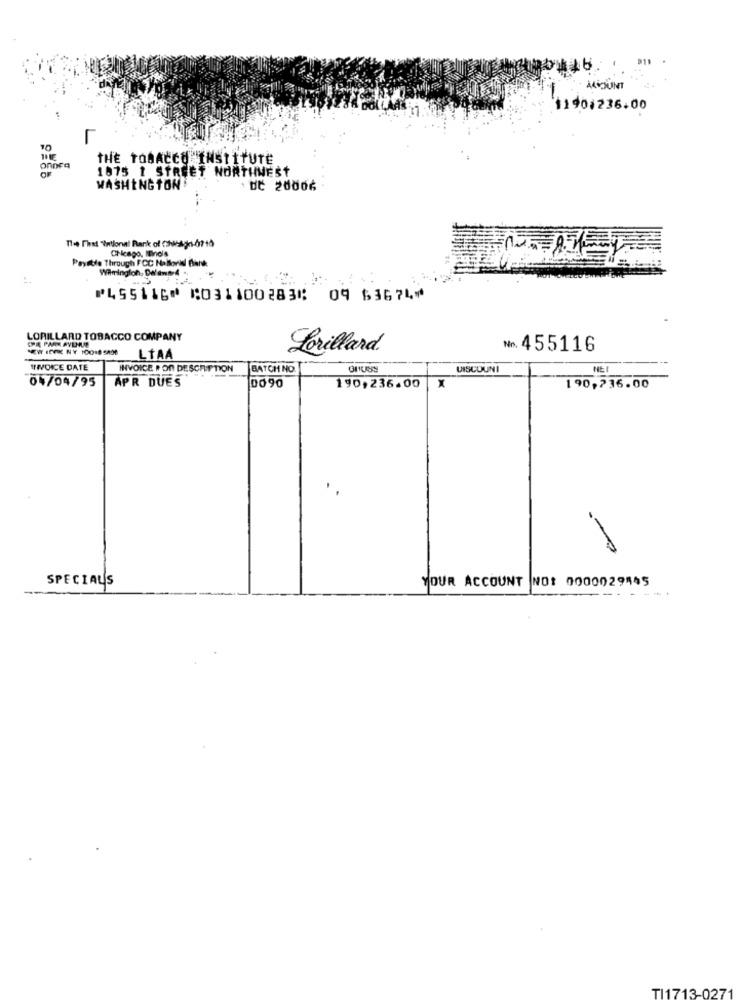
ALIOUINT
11901236.00
ORDER
THE TOBACCO INSTITUTE
1875 1 STREET NORTHWEST
WASHINGTON
10Č 20006
Thee That "intional Bank of Chicago-0710
Chicago, Illinois
Payable Through FCC Nalloris flank
Wilmington, Dalaws 4 .
⑈455116⑈ ⑆031100283⑆ 09 63674⑈
LORILLARD TOBACCO COMPANY
CHE PARK AVENUE
Lorillard.
No. 455116
LTAA
1/VOICE DATE
INVOICE PON DESCRIPTION
BATCH NO.
GRUSS
DISCOUNI
04/04/95
APR DUES
0090
190,236.00
X
190,736.00
SPECIALS
YOUR ACCOUNT NO: 0000029445
--. ---.
TI1713-0271